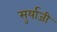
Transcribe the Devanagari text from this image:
सुर्याजी